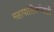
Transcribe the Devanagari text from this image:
महापालिकांनाही